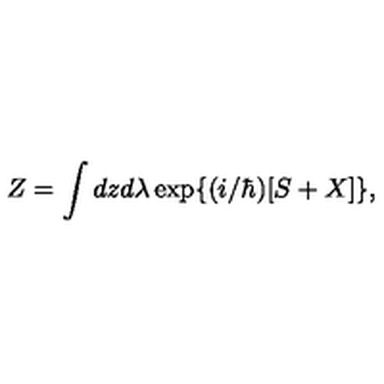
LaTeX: Z = \int d z d \lambda \exp \{ ( i / \hbar ) [ S + X ] \} ,